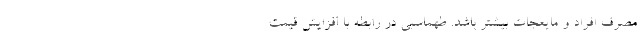
مصرف افراد و مایعجات بیشتر باشد. طهماسبی در رابطه با افزایش قیمت